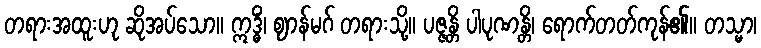
တရားအထူးဟု ဆိုအပ်သော။ ဣဒ္ဓိံ၊ ဈာန်မဂ် တရားသို့။ ပဇ္ဇန္တိ ပါပုဏန္တိ၊ ရောက်တတ်ကုန်၏။ တသ္မာ၊